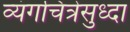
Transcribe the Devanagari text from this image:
व्यंगचित्रेसुध्दा